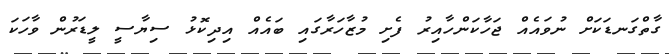
ގާތްގަނޑަކަށް ނުވައެއް ޖަހާކަންހާއިރު ފެށި މުޒާހަރާގައި ބައެއް އިދިކޮޅު ސިޔާސީ ލީޑަރުން ވާހަކަ